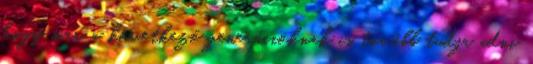
hogy már a következő generációknak is tovább tudja adni